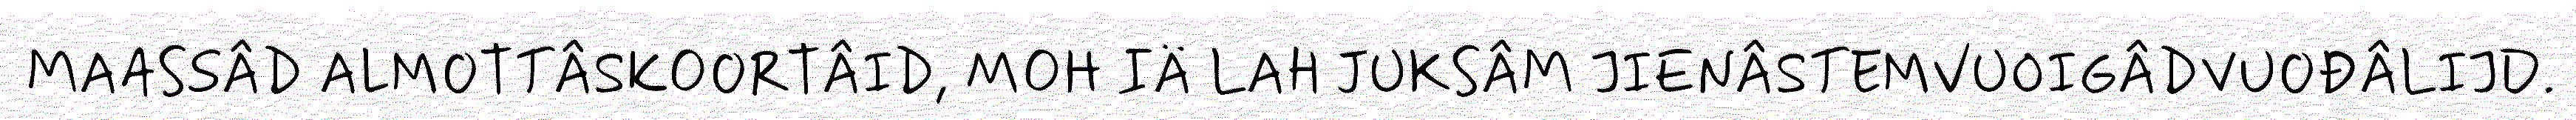
MAASSÂD ALMOTTÂSKOORTÂID, MOH IÄ LAH JUKSÂM JIENÂSTEMVUOIGÂDVUOĐÂLIJD.